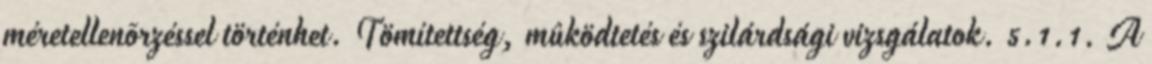
méretellenõrzéssel történhet. Tömítettség, mûködtetés és szilárdsági vizsgálatok. 5.1.1. A